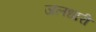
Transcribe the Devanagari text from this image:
जलधारी